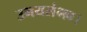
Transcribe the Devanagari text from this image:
उभयसंभव।